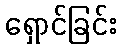
ရှောင်ခြင်း